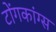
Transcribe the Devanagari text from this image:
टोंगकांग्स